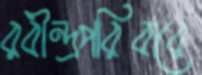
রবীন্দ্রপরিবারে